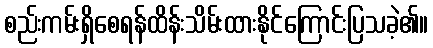
စည်းကမ်းရှိစေရန်ထိန်းသိမ်းထားနိုင်ကြောင်းပြသခဲ့၏။